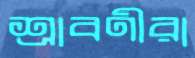
শ্রাবণীরা